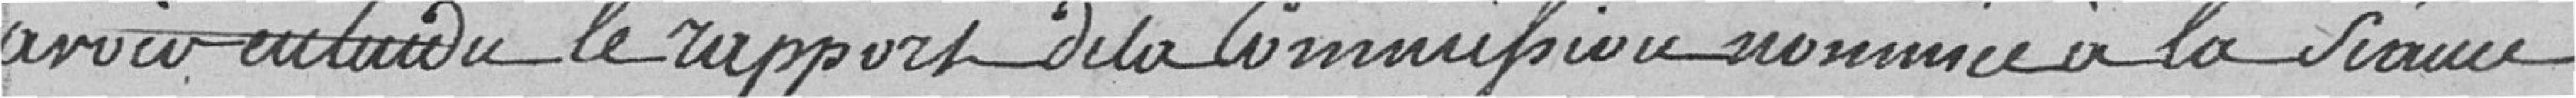
avoir entendu le rapport de la commission nommée à la séance